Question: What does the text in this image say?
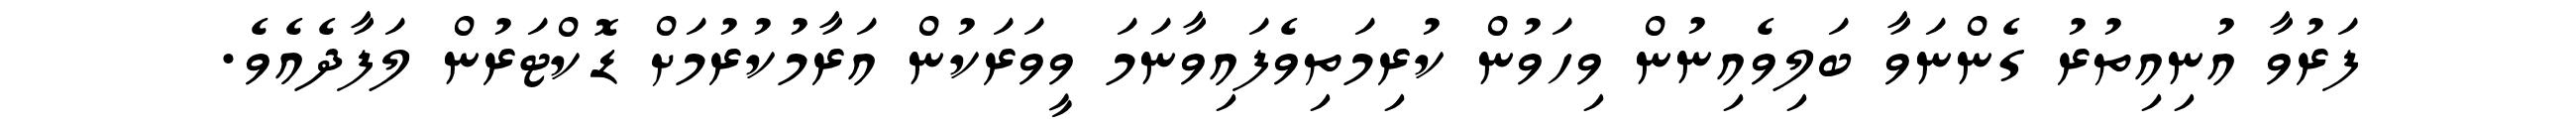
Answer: ފަރުވާ އުނިއިތުރު ގެންނަވާ ބަލިވެއިނުން ވިހަވުން ކުރިމަތިވެފައިވާނަމަ ވީވަރަކުން އަރާމުކުރުމަށް ޑޮކްޓަރުން ލަފާދެއެވެ.